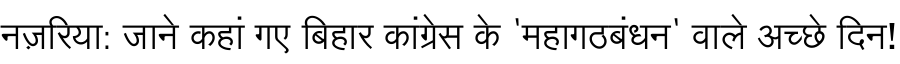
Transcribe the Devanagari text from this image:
नज़रिया: जाने कहां गए बिहार कांग्रेस के 'महागठबंधन' वाले अच्छे दिन!